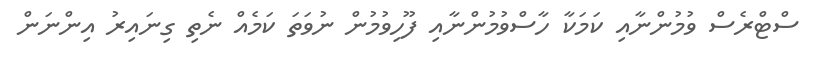
ސްޓްރެސް ވުމުންނާއި ކަމަކާ ހާސްވުމުންނާއި ފޫހިވުމުން ނުވަތަ ކަމެއް ނެތި ގިނައިރު އިންނަން